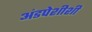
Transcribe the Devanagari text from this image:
अंडपेशीशी